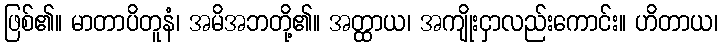
ဖြစ်၏။ မာတာပိတူနံ၊ အမိအဘတို့၏။ အတ္ထာယ၊ အကျိုးငှာလည်းကောင်း။ ဟိတာယ၊